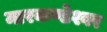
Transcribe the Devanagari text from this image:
मारकण्डेश्वर